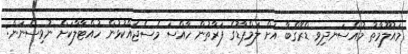
މައުލޫމާތު މުއްސަނދިވި ޑްރޮގްބާ އަށް ލަމްޕާޑުގެ ފަރާތުން ހާއްސަ މެސެޖެއްކުޅުން ހުއްޓާލާކަށް ނުވިސްނަން: